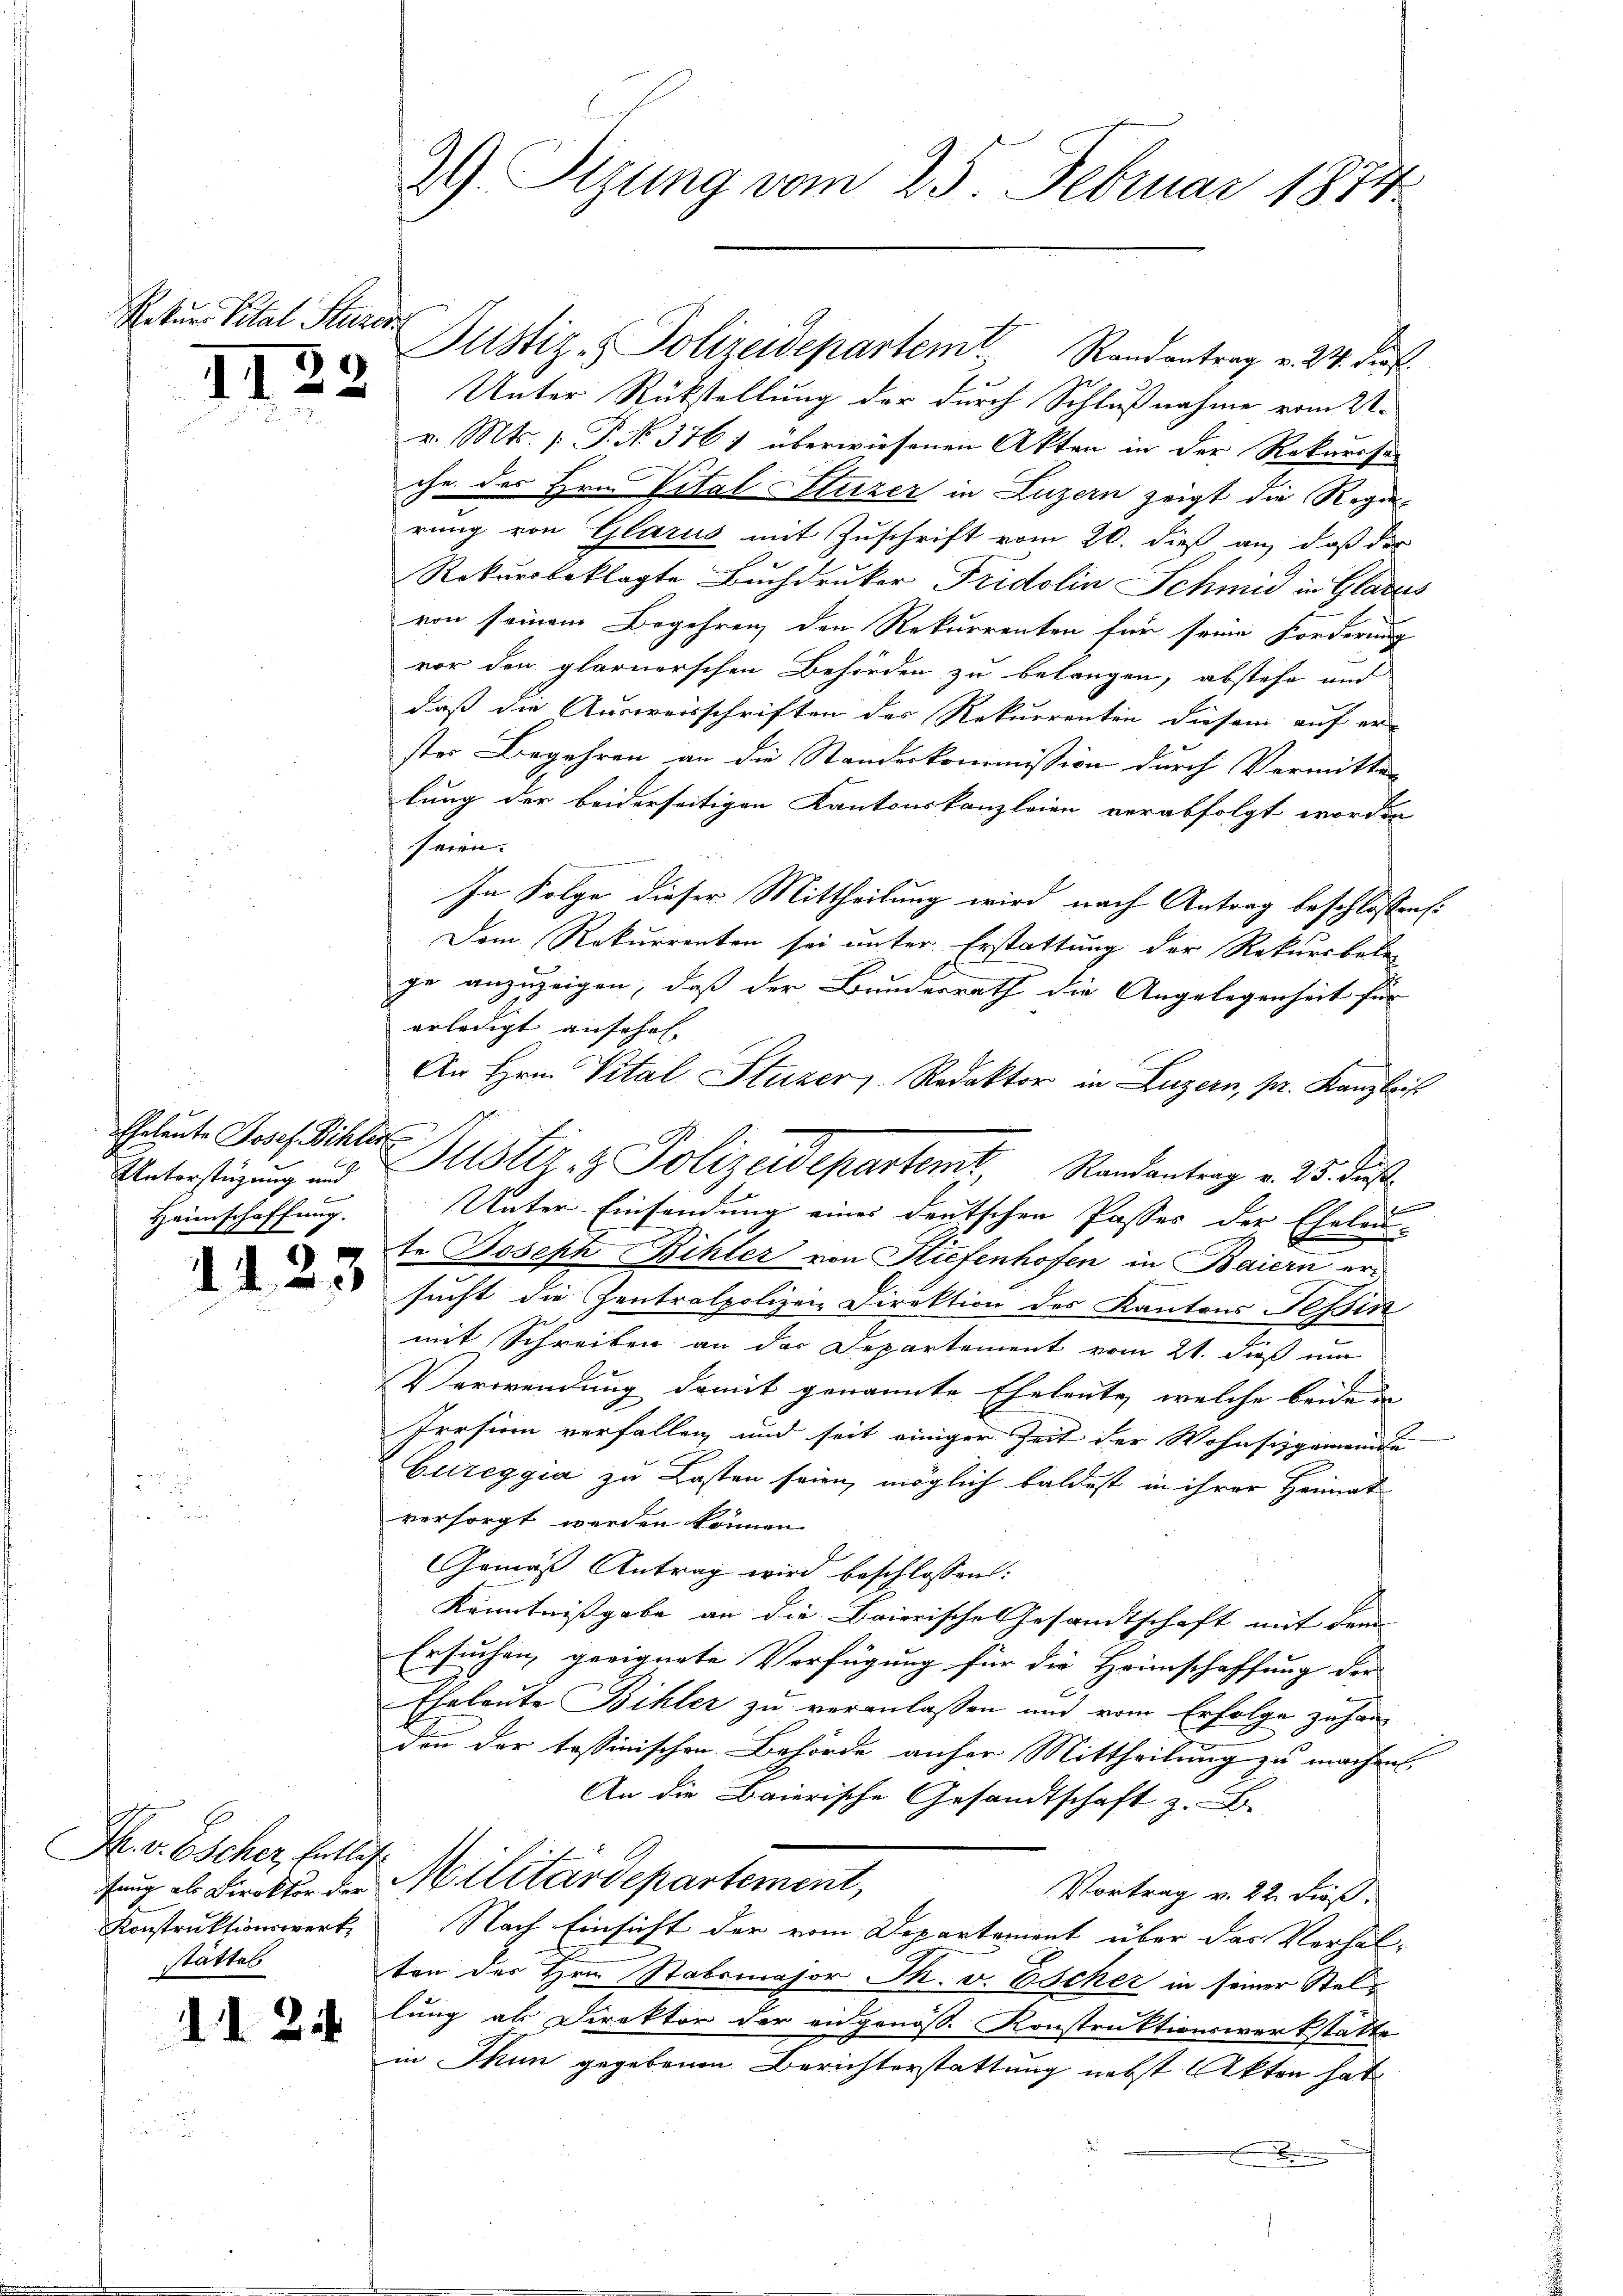
Rekurs Pital Sturen

II22

Eheleute Josef Dichter
Unterstüzung und
Heimschaffung.

4

25

Pr. v. Escher, Entlas
ifung als Direktor der
Konstruktionswert,
stättes

1121

29) Sizung vom 25. Februar 1874

Unter Rückstellung der durch Schlußnahme vom 21.
v. Mts. [ P. No. 376 ) überwiesenen Akten in der Rekurssa
che der Hrn. Vital Sturzer in Luzern zeigt die Regie
rung von Glarus mit Zuschrift vom 20. dieß an, daß der
Rekursbeklagte Buchdruker Fridolin Schmid in Glarus
von seinem Begehren den Rekurrenten für seine Forderung
vor den glarnerschen Behörden zu belangen, abstehe und
daß die Ausweisschriften des Rekurrenten diesem auf er
ster Begehren an die Standeskommission durch Vermitte
lung der beiderseitigen Kantonskanzleien verabfolgt worden
seien.
In Folge dieser Mittheilung wird nach Antrag beschlossen:
Dem Rekurrenten sei unter Erstattung der Rekursbele
ge anzuzeigen, daß der Bundesrath die Angelegenheit für
erledigt ansehen.
An Hrn. Vital Stuzer, Redaktor in Luzern, pr. Kanzleit

Unter Einsendung eines deutschen Passes der Eheleu-
te Joseph Bihler von Stiefenhofen in Baiern ersucht die Centralpolizen Direktion des Kantons Tessin
mit Schreiben an der Departement vom 21. dieß um
Verwendung damit genannte Eheleute, welche beide
Irrsinn verfallen und seit einiger Zeit der Wohnsitzgemeinde
Cureggia zu Lasten seien, möglich baldest in ihrer Heimat
versorgt werden können.
Gemäß Antrag wird beschlossen:
Kenntnißgabe an die Baierische Gesandtschaft mit dem
Ersuchen, geeignete Verfügung für die Heimschaffung der
Eheleute Bihler zu veranlassen und vom Erfolge zuhan
don der tessinischen Behörde anfer Mittheilung zu machen.
An die Baierische Gesandtschaft z. B.
Militärdepartement,
Vortrag v. 22. Fieß.
Nach Einsicht der vom Departement über das Verhalten des Hrn. Stabsmajor Th. v. Escher in seiner Stellung als Direktor der angenöss. Konstruktionswerkstatte
in Thun gegebenen Berichterstattung nebst Akten hat
.

Justiz - Polizeidepartem Randantrag v. 24. dies

Justiz & Polizeidepartemt Randantrag v. 25. Fuß